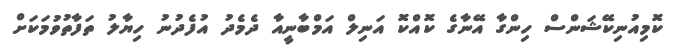
ކޮމިއުނިކޭޝަންސް ހިންގާ އޭނާގެ ކޮއްކޮ އަނިލް އަމްބާނީއާ ދެމެދު އުފެދުނު ހިޔާލު ތަފާތުވުމަކަށް